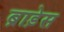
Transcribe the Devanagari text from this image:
ब्राड़ेस